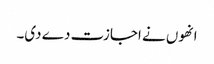
انھوں نے اجازت دے دی۔